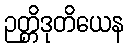
ဉတ္တိဒုတိယေန